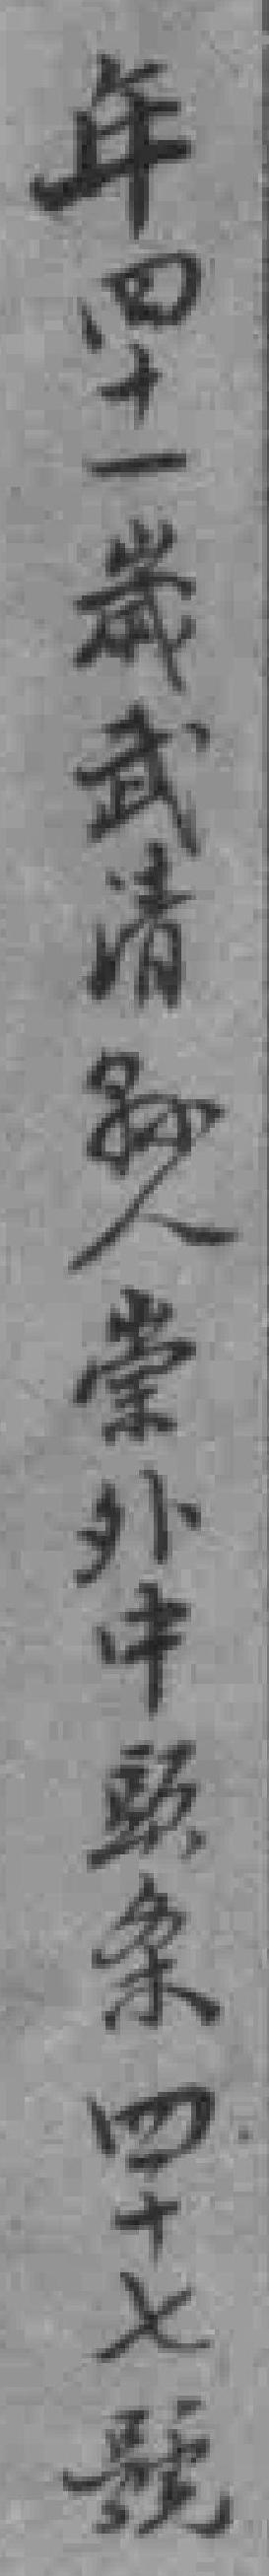
年四十一歲武清縣人崇外中頭条四十七號